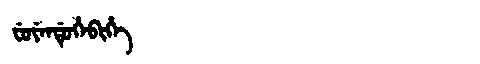
Manchu: ᠸᡠᠶᡝᠨᡩᡠᡥᡝᠪᡳᡥᡝ
Romanization: FUYENDUHEBIHE